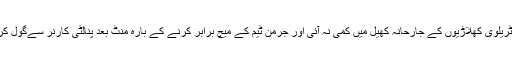
مگر آسٹریلوی کھلاڑیوں کے جارحانہ کھیل میں کمی نہ آئی اور جرمن ٹیم کے میچ برابر کرنے کے بارہ منٹ بعد پنالٹی کارنر سےگول کردیا گیا۔